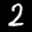
Label: 2